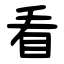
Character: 看